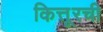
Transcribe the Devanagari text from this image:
कित्तूरची